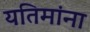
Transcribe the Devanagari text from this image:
यतिमांना